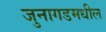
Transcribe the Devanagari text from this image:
जुनागडमधील